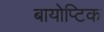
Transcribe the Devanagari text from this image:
बायोप्टिक